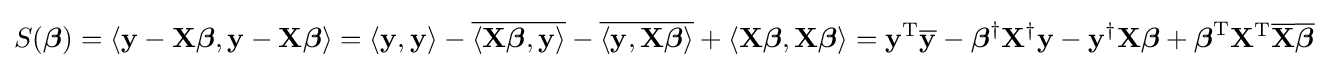
\displaystyle S({\boldsymbol {\beta }})=\langle \mathbf {y} -\mathbf {X} {\boldsymbol {\beta }},\mathbf {y} -\mathbf {X} {\boldsymbol {\beta }}\rangle =\langle \mathbf {y} ,\mathbf {y} \rangle -{\overline {\langle \mathbf {X} {\boldsymbol {\beta }},\mathbf {y} \rangle }}-{\overline {\langle \mathbf {y} ,\mathbf {X} {\boldsymbol {\beta }}\rangle }}+\langle \mathbf {X} {\boldsymbol {\beta }},\mathbf {X} {\boldsymbol {\beta }}\rangle =\mathbf {y} ^{\rm {T}}{\overline {\mathbf {y} }}-{\boldsymbol {\beta }}^{\dagger }\mathbf {X} ^{\dagger }\mathbf {y} -\mathbf {y} ^{\dagger }\mathbf {X} {\boldsymbol {\beta }}+{\boldsymbol {\beta }}^{\rm {T}}\mathbf {X} ^{\rm {T}}{\overline {\mathbf {X} }}{\overline {\boldsymbol {\beta }}}